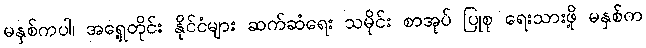
မနှစ်ကပါ၊ အရှေ့တိုင်း နိုင်ငံများ ဆက်ဆံရေး သမိုင်း စာအုပ် ပြုစု ရေးသားဖို့ မနှစ်က